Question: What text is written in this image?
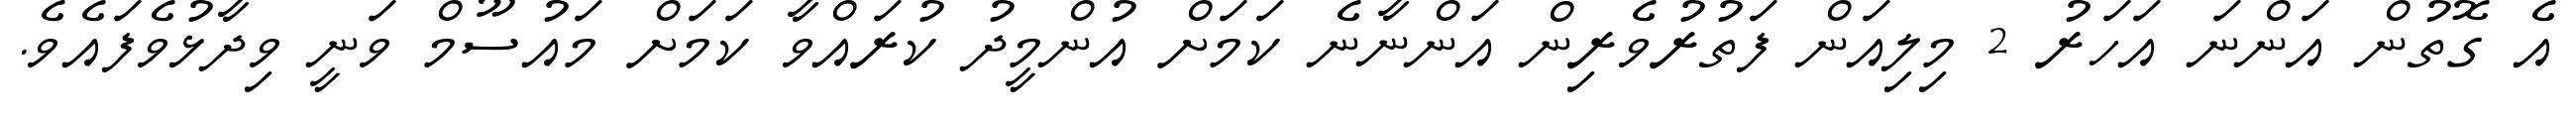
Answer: އެ ގޮތުން އަންނަ އަހަރު 2 މިލިއަން ފަތުރުވެރިން އަންނާނެ ކަމަށް އުންމީދު ކުރައްވާ ކަމަށް މައުސޫމް ވަނީ ވިދާޅުވެފައެވެ.